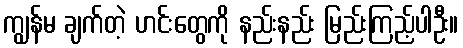
ကျွန်မ ချက်တဲ့ ဟင်းတွေကို နည်းနည်း မြည်းကြည့်ပါဦး။